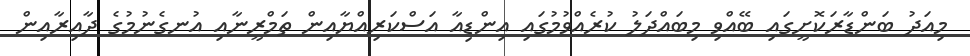
މިއަދު ބަންޑާރަކޮށީގައި ބޭއްވި މިބައްދަލު ކުރެއްވުމުގައި އިންޑިއާ އަސްކަރިއްޔާއިން ތަމްރީނާއި އުނގެނުމުގެ ދާއިރާއިން